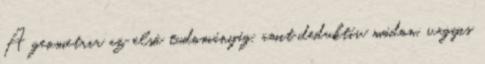
A geometria az első tudományág, amit deduktív módon, vagyis